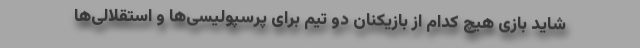
شاید بازی هیچ ‌کدام از بازیکنان دو تیم برای پرسپولیسی‌ها و استقلالی‌ها